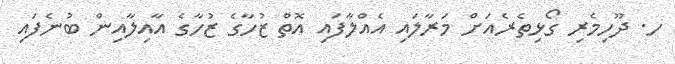
ހ. ދޫހިމެރި ގޯޅިތެރެއަށް މަރާލައި އެއްލާފައި އޮތް ޒުހާގެ ޒުހާގެ އާއިލާއިން ބުނެފައި